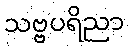
သဗ္ဗပရိညာ